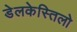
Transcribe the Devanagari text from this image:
डेलकेस्तिलो